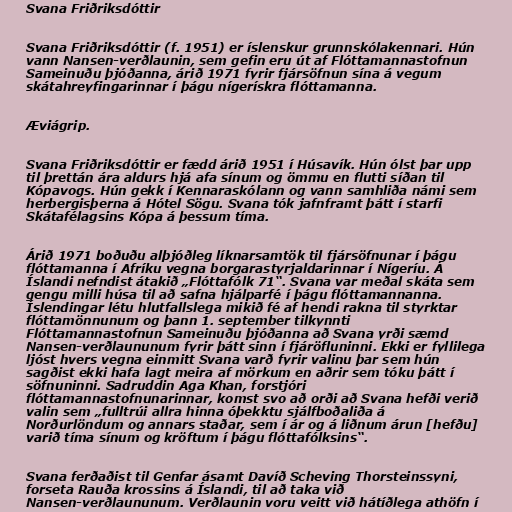
Svana Friðriksdóttir

Svana Friðriksdóttir (f. 1951) er íslenskur grunnskólakennari. Hún
vann Nansen-verðlaunin, sem gefin eru út af Flóttamannastofnun
Sameinuðu þjóðanna, árið 1971 fyrir fjársöfnun sína á vegum
skátahreyfingarinnar í þágu nígerískra flóttamanna.

Æviágrip.

Svana Friðriksdóttir er fædd árið 1951 í Húsavík. Hún ólst þar upp
til þrettán ára aldurs hjá afa sínum og ömmu en flutti síðan til
Kópavogs. Hún gekk í Kennaraskólann og vann samhliða námi sem
herbergisþerna á Hótel Sögu. Svana tók jafnframt þátt í starfi
Skátafélagsins Kópa á þessum tíma.

Árið 1971 boðuðu alþjóðleg líknarsamtök til fjársöfnunar í þágu
flóttamanna í Afríku vegna borgarastyrjaldarinnar í Nígeríu. Á
Íslandi nefndist átakið „Flóttafólk 71“. Svana var meðal skáta sem
gengu milli húsa til að safna hjálparfé í þágu flóttamannanna.
Íslendingar létu hlutfallslega mikið fé af hendi rakna til styrktar
flóttamönnunum og þann 1. september tilkynnti
Flóttamannastofnun Sameinuðu þjóðanna að Svana yrði sæmd
Nansen-verðlaununum fyrir þátt sinn í fjáröfluninni. Ekki er fyllilega
ljóst hvers vegna einmitt Svana varð fyrir valinu þar sem hún
sagðist ekki hafa lagt meira af mörkum en aðrir sem tóku þátt í
söfnuninni. Sadruddin Aga Khan, forstjóri
flóttamannastofnunarinnar, komst svo að orði að Svana hefði verið
valin sem „fulltrúi allra hinna óþekktu sjálfboðaliða á
Norðurlöndum og annars staðar, sem í ár og á liðnum árun [hefðu]
varið tíma sínum og kröftum í þágu flóttafólksins“.

Svana ferðaðist til Genfar ásamt Davíð Scheving Thorsteinssyni,
forseta Rauða krossins á Íslandi, til að taka við
Nansen-verðlaununum. Verðlaunin voru veitt við hátíðlega athöfn í